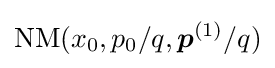
\mathrm {NM} (x_{0},p_{0}/q,{\boldsymbol {p}}^{(1)}/q)